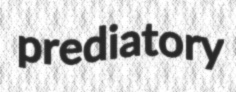
prediatory